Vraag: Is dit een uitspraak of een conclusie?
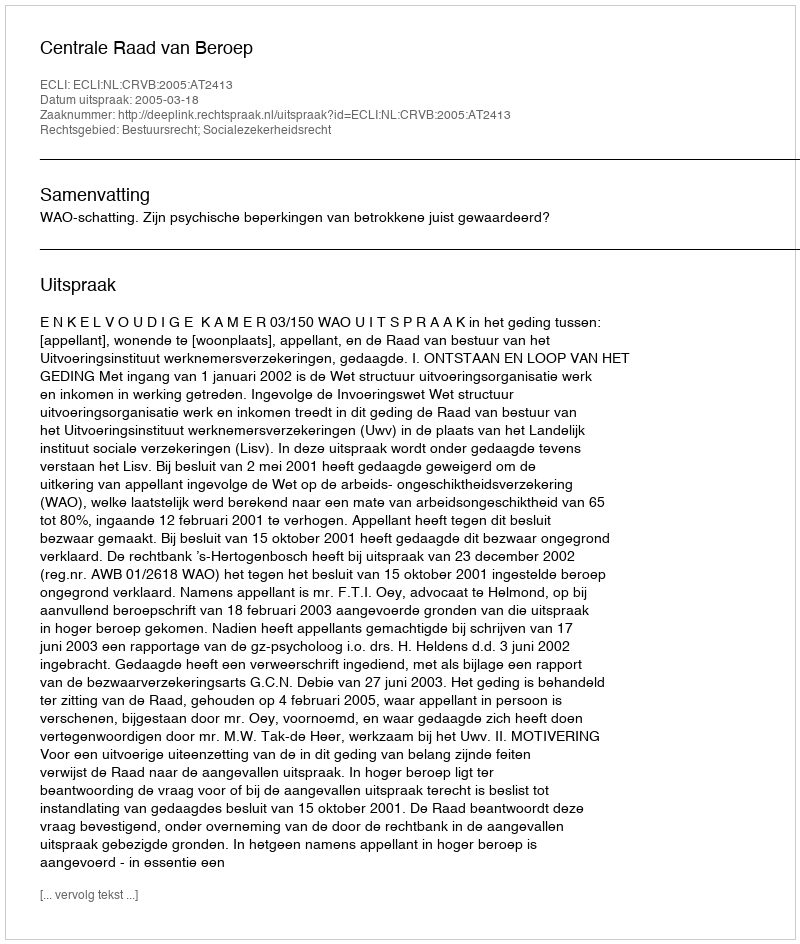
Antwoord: Uitspraak